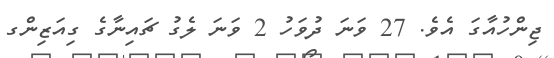
ޖިންހުއާގަ އެވެ. 27 ވަނަ ދުވަހު 2 ވަނަ ލެގު ޗައިނާގެ ގިއަޒިންގ